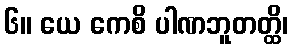
၆။ ယေ ကေစိ ပါဏဘူတတ္ထိ၊